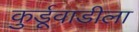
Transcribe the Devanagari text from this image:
कुर्डूवाडीला